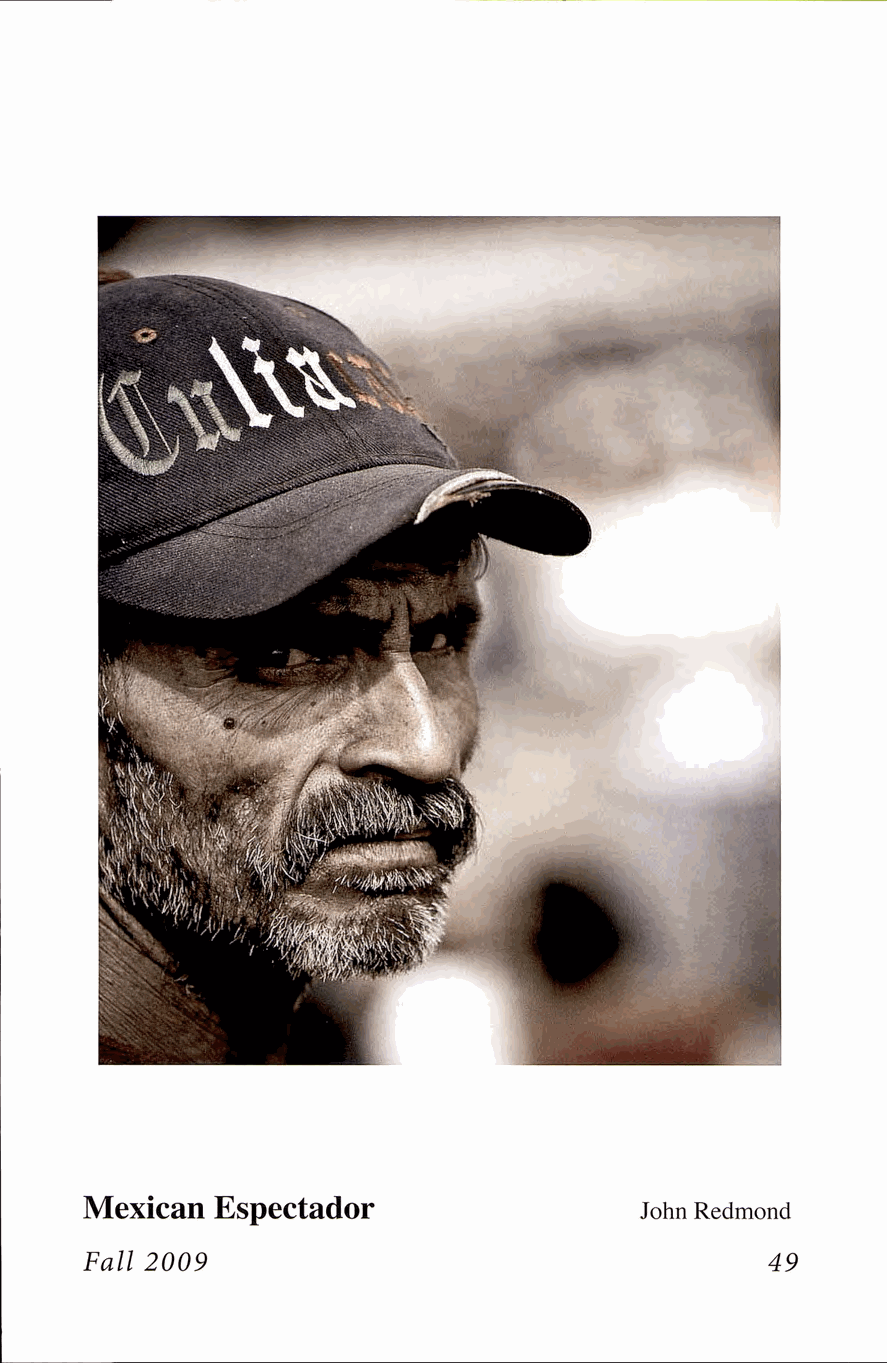
Mexican  Espectador
 John Redmond
 Fall 2009                                     49